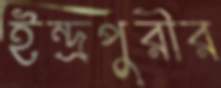
ইন্দ্রপুরীর